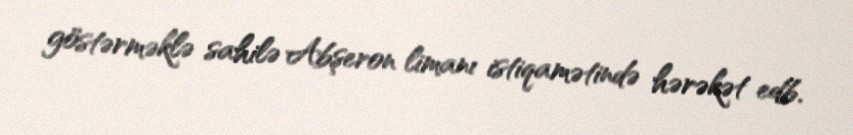
göstərməklə sahilə Abşeron limanı istiqamətində hərəkət edb.